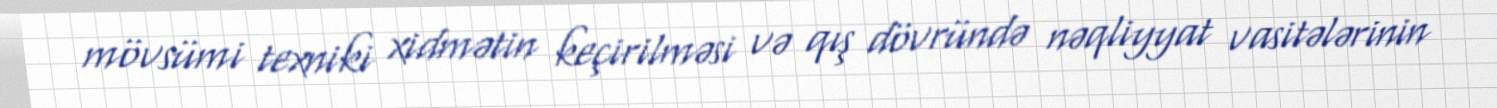
mövsümi texniki xidmətin keçirilməsi və qış dövründə nəqliyyat vasitələrinin